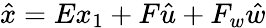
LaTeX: \hat{x}=Ex_{1}+F\hat{u}+F_{w}\hat{w}